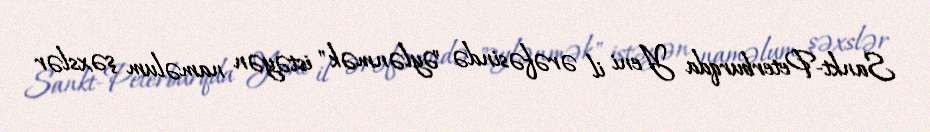
Sankt-Peterburqda Yeni il ərəfəsində "əylənmək" istəyən naməlum şəxslər